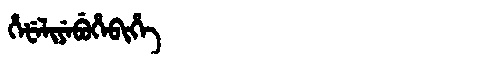
Manchu: ᡥᡝᡶᡝᠯᡳᠶᡝᠪᡠᡥᡝᠪᡳᡥᡝ
Romanization: HEFELIYEBUHEBIHE